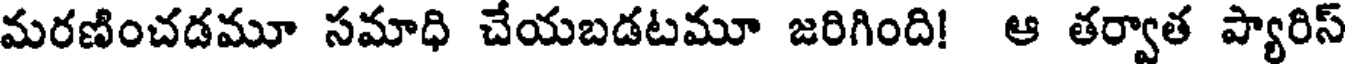
మరణించడమూ సమాధి చేయబడటమూ జరిగింది! ఆ తర్వాత ప్యారిస్